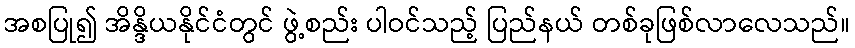
အစပြု၍ အိန္ဒိယနိုင်ငံတွင် ဖွဲ့စည်း ပါဝင်သည့် ပြည်နယ် တစ်ခုဖြစ်လာလေသည်။